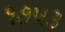
૧૭૫૩